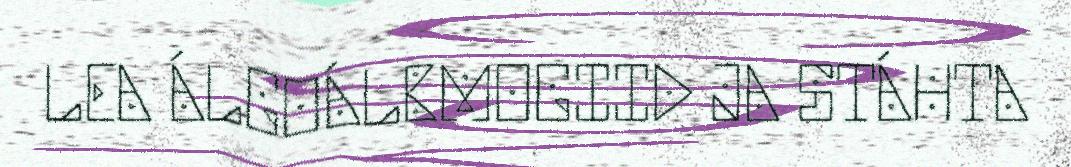
LEA ÁLGOÁLBMOGIID JA STÁHTA